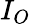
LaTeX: I_{O}